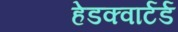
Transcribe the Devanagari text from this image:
हेडक्वार्टर्ड